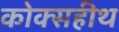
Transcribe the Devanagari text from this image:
कोक्सहीथ